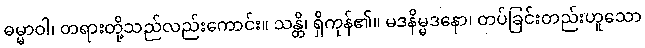
ဓမ္မာဝါ၊ တရားတို့သည်လည်းကောင်း။ သန္တိ၊ ရှိကုန်၏။ မဒနိမ္မဒနော၊ တပ်ခြင်းတည်းဟူသော